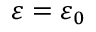
\varepsilon = \varepsilon _ { 0 }